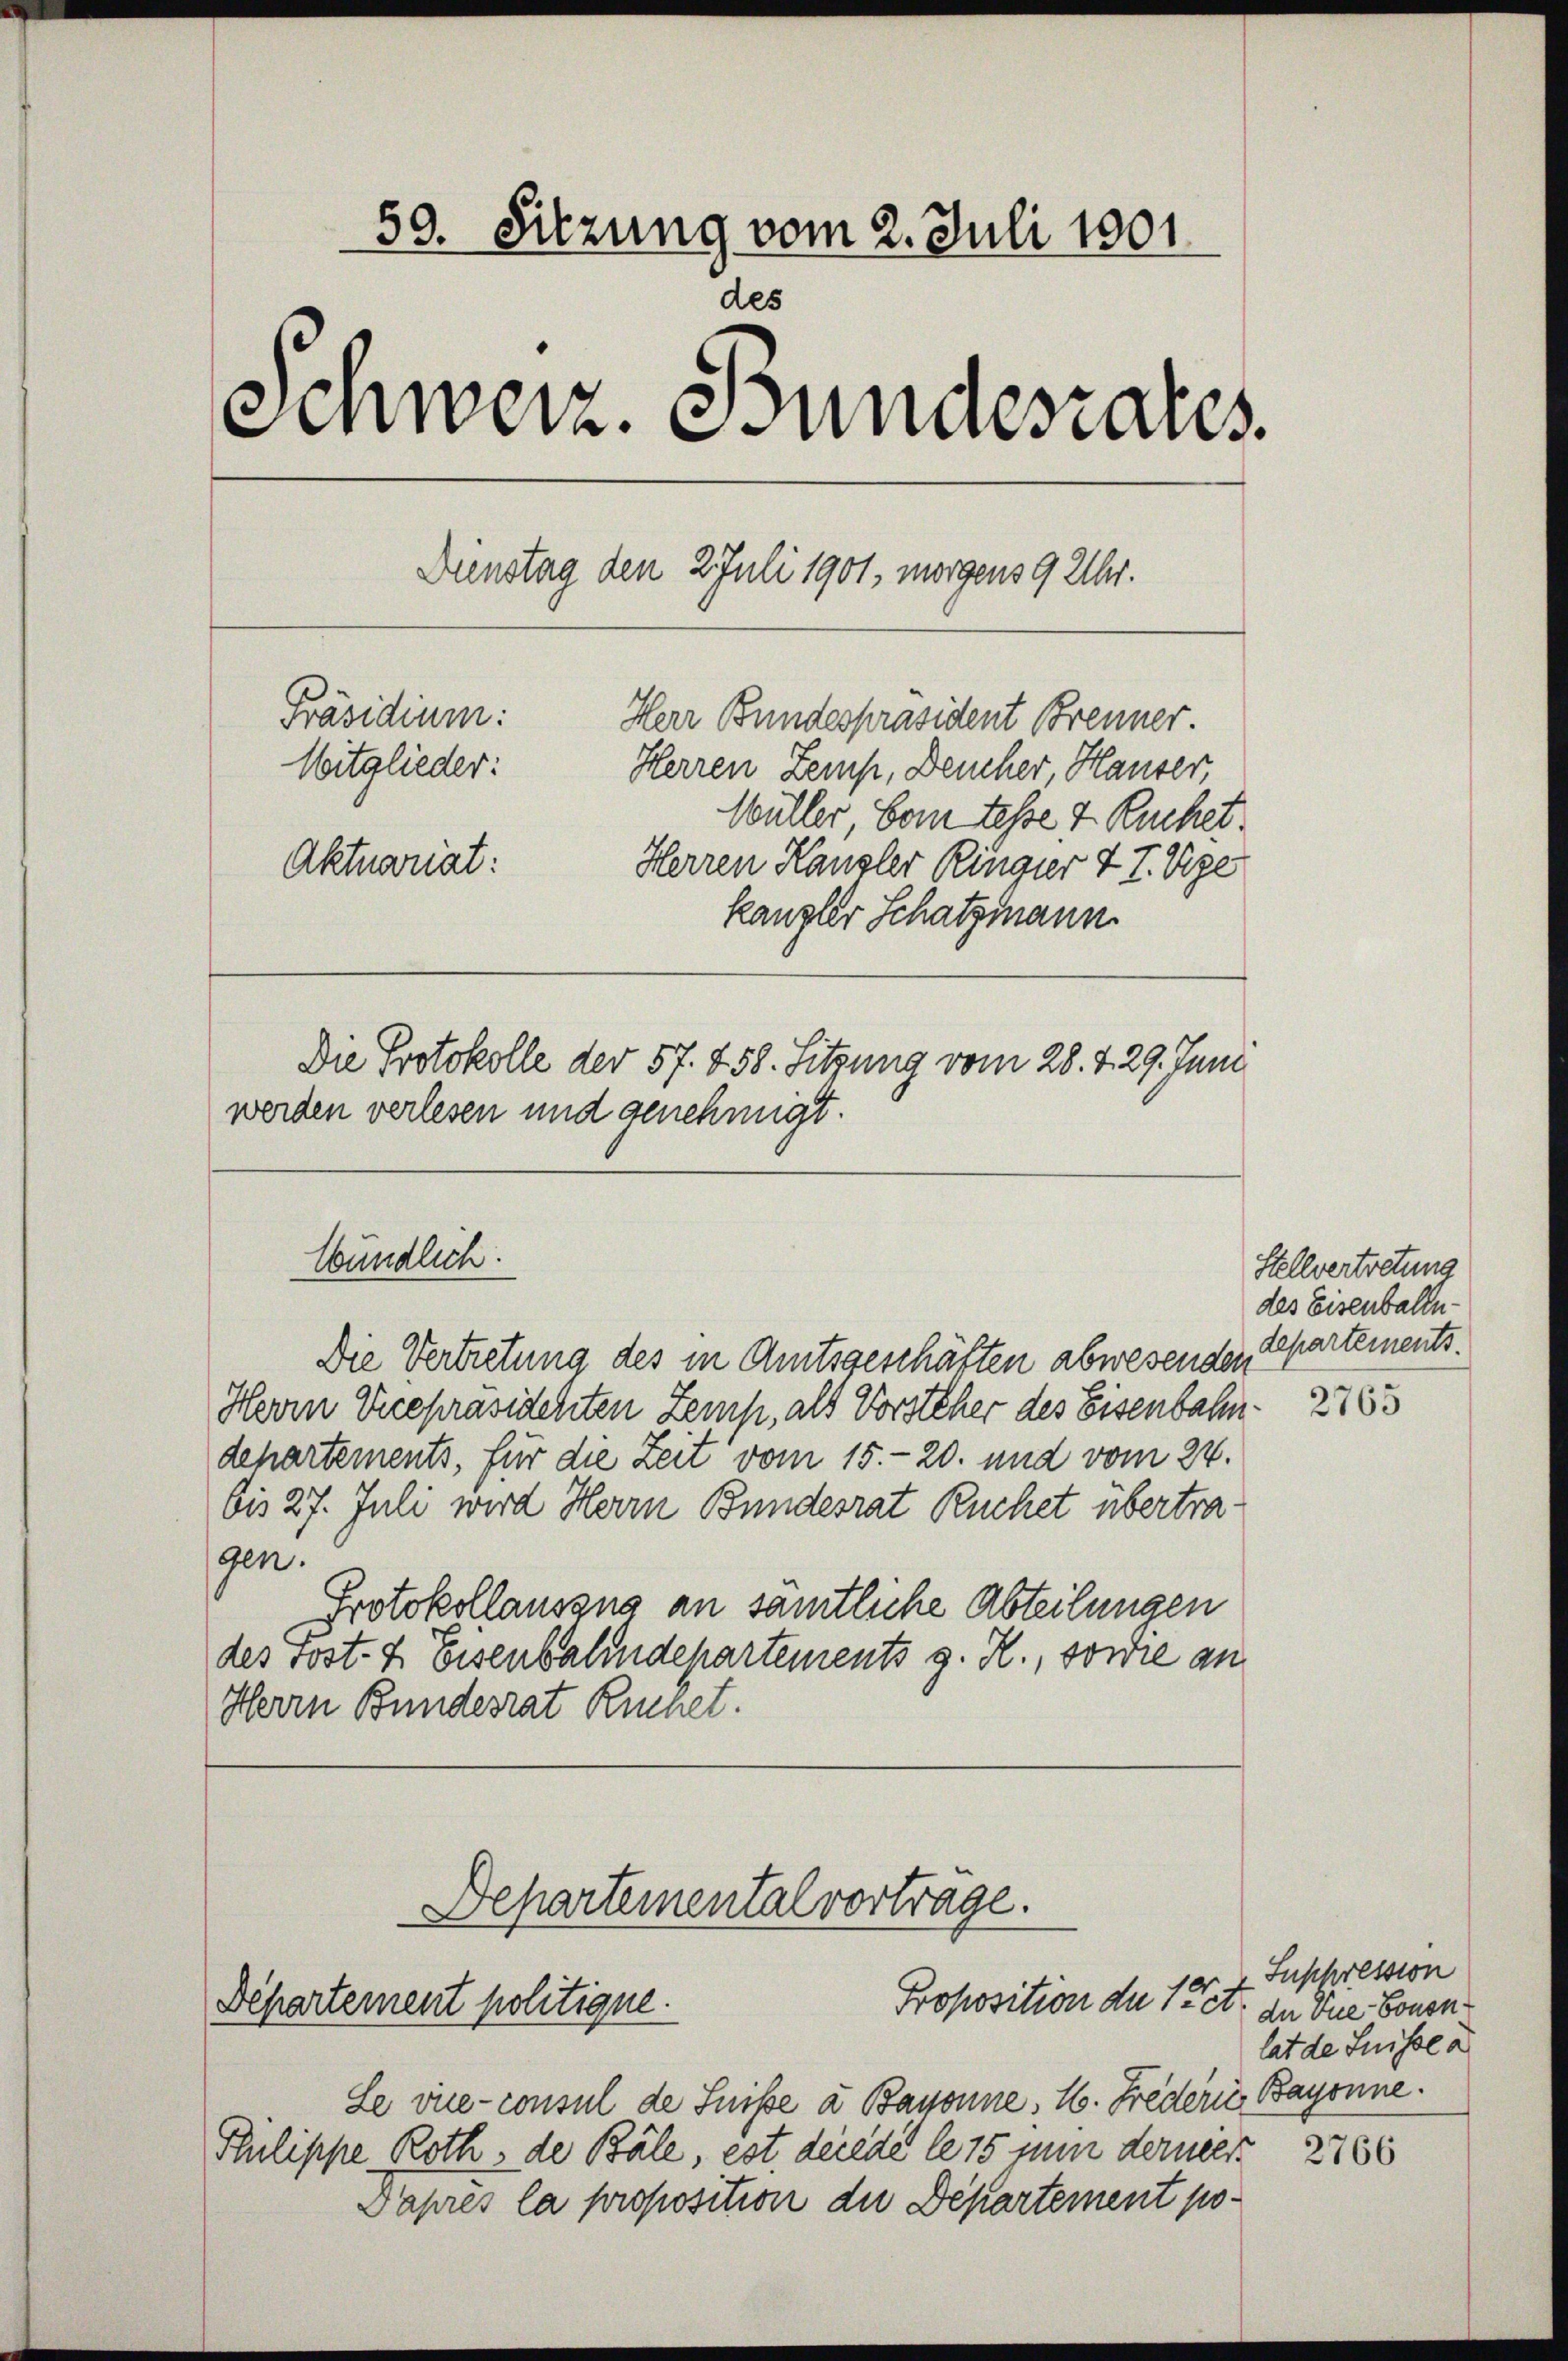
59. Sitzung vom 2. Juli 1801.
des
d
Einweiz. Einnaesares.
Dienstag den 2. Juli 1901, morgens 9 Uhr.
Präsidium:
Herr Bundespräsident Brenner
Mitglieder:
Herren Zemp, Deucher, Hauser,
Wüller vom tesse 4 Ruchet.
Aktuariat:
Herren Kanzler Ringer 7 T. Vize
kanzler Schatzmann.
Die Protokolle der 57. 458. Sitzung vom 28. v. 29. Juni
werden verlesen und genehmigt.

Wündlich

Die Vertretung des in Amtsgeschäften abwesenden
Herrn Vicepräsidenten Zemp, als Vorsteher des Eisenbahndehartements, für die Zeit vom 15. - 20. und vom 24.
bis 27. Juli wird Herrn Bundesrat Ruchet übertragen.
Protokollausang an samtliche Abteilungen
des Post- & Eisenbahndepartements g. R., sowie an
Herrn Bundesrat Ruchet.

Departemental vortrage.
Proposition der Tit.
Departement politique.

Le viee-consul de Suisse à Bayonne, 1. Fredern Bayonne.
Pulippe Roth, de Bäle, est decede le 15 zum derner
Daprès la proposition die Departement po¬

Stellvertretung
des Eisenballe
departements.

2765

Suspression
de Vue-Bonen
lat de Suisse a

2766